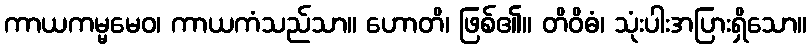
ကာယကမ္မမေဝ၊ ကာယကံသည်သာ။ ဟောတိ၊ ဖြစ်၏။ တိဝိဓံ၊ သုံးပါးအပြားရှိသော။